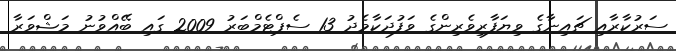
ސަރުކާރާއި ޗައިނާގެ ވިޔަފާރިވެރިންގެ ވަފުދަކާމެދު 13 ސެޕްޓެމްބަރު 2009 ގައި ބޭއްވުނު މަޝްވަރާ